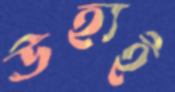
ঊহ্যই